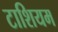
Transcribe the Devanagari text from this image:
टाशियम